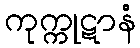
ကုက္ကုဋာနံ